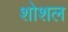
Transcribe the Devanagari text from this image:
शोशल